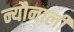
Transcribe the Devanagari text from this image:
न्यौनाली